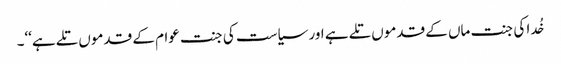
خُدا کی جنت ماں کے قدموں تلے ہے اور سیاست کی جنت عوام کے قدموں تلے ہے‘‘۔